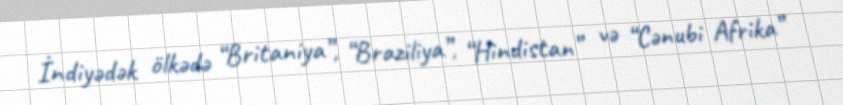
İndiyədək ölkədə “Britaniya”, “Braziliya”, “Hindistan” və “Cənubi Afrika”